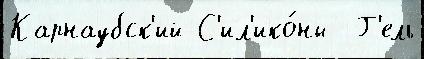
Карнаубск'ий С'ил'ико́ны  Г'ель